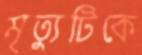
মৃত্যুটিকে